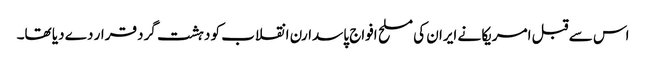
اس سے قبل امریکا نے ایران کی مسلح افواج پاسدارن انقلاب کو دہشت گرد قرار دے دیا تھا۔